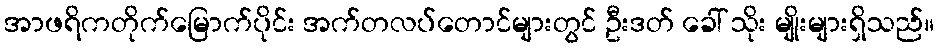
အာဖရိကတိုက်မြောက်ပိုင်း အက်တလပ်တောင်များတွင် ဦးဒတ် ခေါ် သိုး မျိုးများရှိသည်။